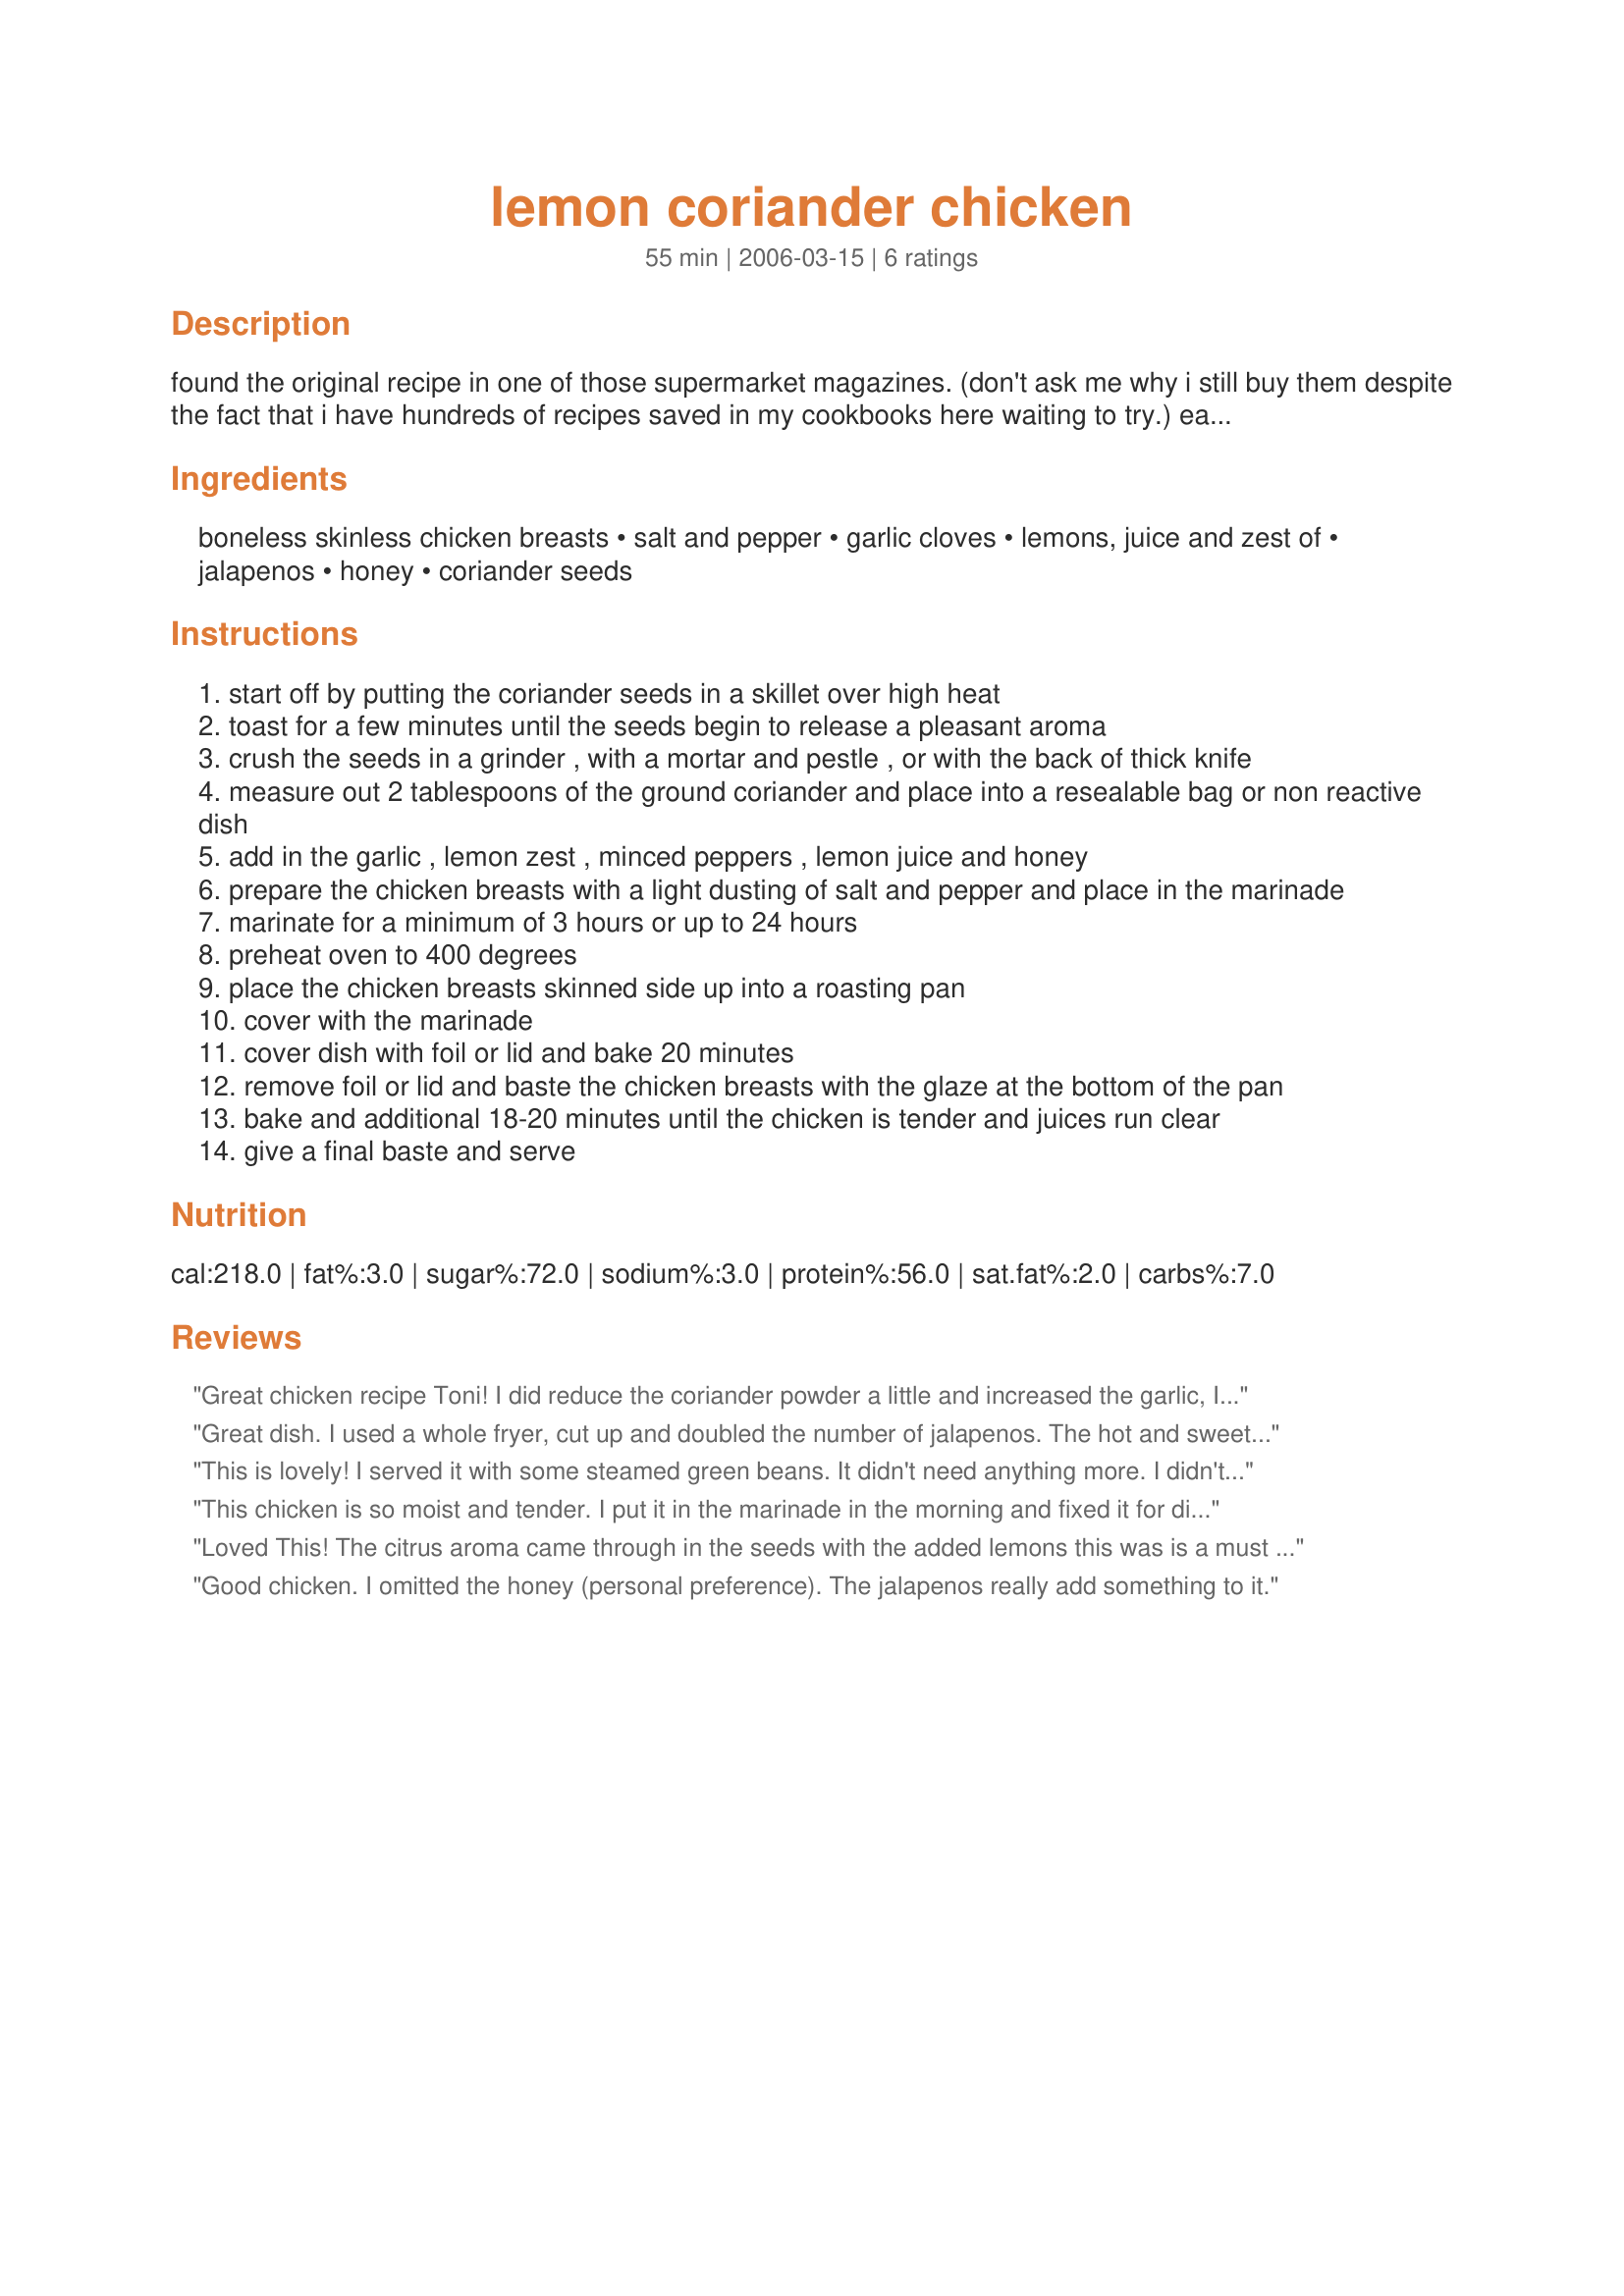
lemon coriander chicken
Preparation time: 55 minutes

found the original recipe in one of those supermarket magazines. (don't ask me why i still buy them despite the fact that i have hundreds of recipes saved in my cookbooks here waiting to try.) easy to prepare and great results make this a winner for me. the original calls for conventional (out of the jar) ground corriander. i like to toast my seeds and coarsely grind them as it adds a nice toasty flavor and rustic look to the dish. do what works best for you. please note preparation time does not include 3-24 hour marinading time.

Ingredients:
boneless skinless chicken breasts, salt and pepper, garlic cloves, lemons, juice and zest of, jalapenos, honey, coriander seeds

Steps:
start off by putting the coriander seeds in a skillet over high heat
toast for a few minutes until the seeds begin to release a pleasant aroma
crush the seeds in a grinder , with a mortar and pestle , or with the back of thick knife
measure out 2 tablespoons of the ground coriander and place into a resealable bag or non reactive dish
add in the garlic , lemon zest , minced peppers , lemon juice and honey
prepare the chicken breasts with a light dusting of salt and pepper and place in the marinade
marinate for a minimum of 3 hours or up to 24 hours
preheat oven to 400 degrees
place the chicken breasts skinned side up into a roasting pan
cover with the marinade
cover dish with foil or lid and bake 20 minutes
remove foil or lid and baste the chicken breasts with the glaze at the bottom of the pan
bake and additional 18-20 minutes until the chicken is tender and juices run clear
give a final baste and serve

Reviews:
Great chicken recipe Toni! I did reduce the coriander powder a little and increased the garlic, I marinaded them for about 5 hours, we enjoyed this for dinner tonight, thanks...Kitten:)
Great dish. I used a whole fryer, cut up and doubled the number of jalapenos. The hot and sweet flavors blended together so well. I'll be making this again. Thanks for posting.
This is lovely! I served it with some steamed green beans. It didn't need anything more. I didn't really pick this for PAC Fall 2006, but it is one of my adoptees and within the time frame... :) Nice light flavors. I omitted the pepper b/c DH wouldn't like it. Freezes beautifully. I'm having the leftovers for lunch today.
This chicken is so moist and tender. I put it in the marinade in the morning and fixed it for dinner. The jalapeno adds a subtle heat without overpowering the remaining ingredients.
Loved This! The citrus aroma came through in the seeds with the added lemons this was is a must have recipe. I used my coriander seeds from my home grown cilantro. I had 2 chicken breasts and 1 boneless pork chop. This can be used on fish as well. This I will make again! Thanks Toni.
Good chicken. I omitted the honey (personal preference). The jalapenos really add something to it.
